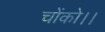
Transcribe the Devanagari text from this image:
चोंको।।